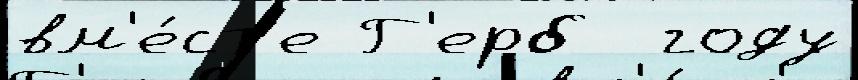
вм'е́ст'е Г'ерб  году